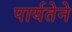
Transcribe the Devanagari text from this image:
पार्यतेने